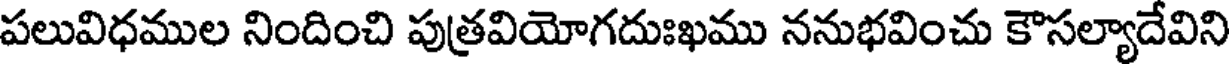
పలువిధముల నిందించి పుత్రవియోగదుఃఖము ననుభవించు కౌసల్యాదేవిని